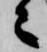
々